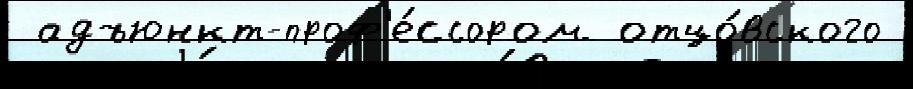
 адъюнкт-проф'е́ссором отцо́вского